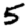
Digit: 5